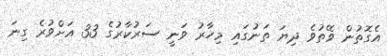
އެގޮތުން ވޭތުވެ ދިޔަ ތަނުގައި މިހާރު ވަނީ ސަރުކާރުގެ 33 އަށްވުރެ ގިނަ